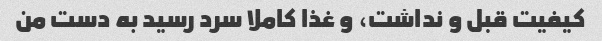
کیفیت قبل و نداشت، و غذا کاملا سرد رسید به دست من